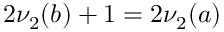
2 \nu _ { 2 } ( b ) + 1 = 2 \nu _ { 2 } ( a )